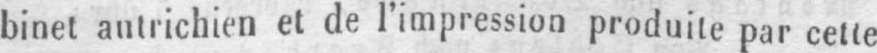
binet autrichien et de l’impression produite par cette